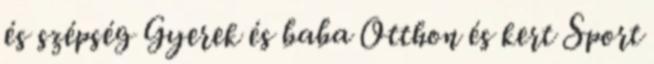
és szépség Gyerek és baba Otthon és kert Sport